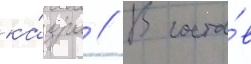
ка́дра // В соста́в